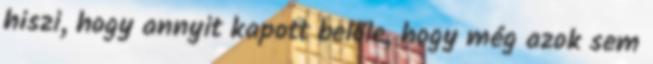
hiszi, hogy annyit kapott belőle, hogy még azok sem